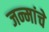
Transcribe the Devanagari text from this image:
जन्मांचे